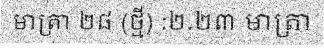
មាត្រា ២៨ (ថ្មី) :២.២៣ មាត្រា